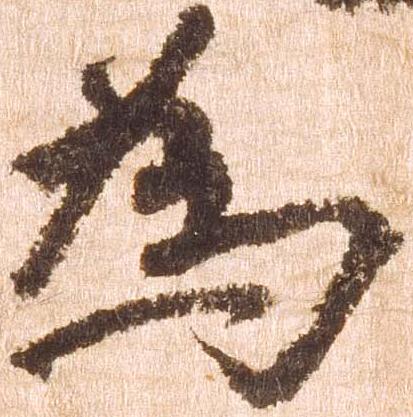
為